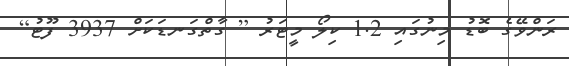
ރަންވޭގެ ބޮޑު މިނުގައި 1.2 ކިލޯ މީޓަރު [ ގާތްގަނޑަކަށް 3937 ފޫޓު]